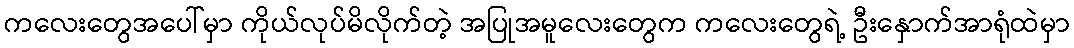
ကလေးတွေအပေါ်မှာ ကိုယ်လုပ်မိလိုက်တဲ့ အပြုအမူလေးတွေက ကလေးတွေရဲ့ ဦးနှောက်အာရုံထဲမှာ